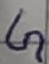
Text: G